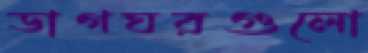
ডাগঘরগুলো